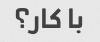
با کار؟